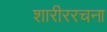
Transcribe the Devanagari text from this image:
शारीररचना